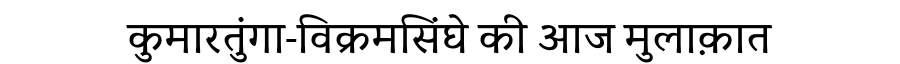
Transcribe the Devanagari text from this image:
कुमारतुंगा-विक्रमसिंघे की आज मुलाक़ात